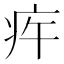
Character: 𤵍